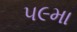
૫૯મા